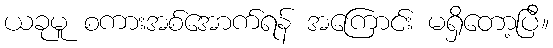
ယခုမူ စကားအစ်အောက်ရန် အကြောင်း မရှိတော့ပြီ။